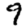
Digit: 9